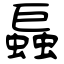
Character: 螶